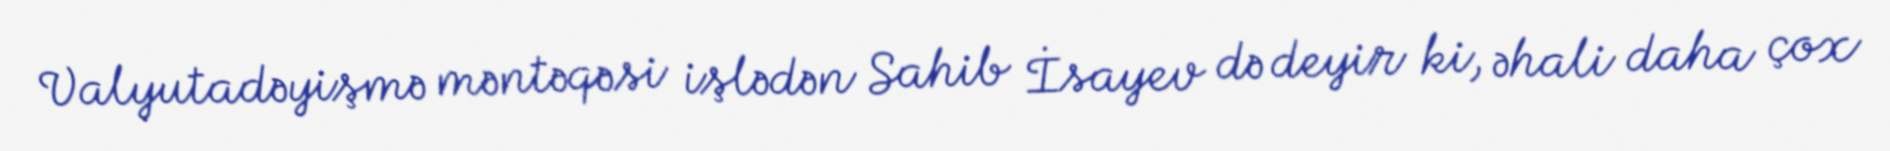
Valyutadəyişmə məntəqəsi işlədən Sahib İsayev də deyir ki, əhali daha çox